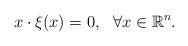
LaTeX: \begin{align*} x\cdot\xi(x)=0, \ \ \forall x\in{\mathbb{R}}^n. \end{align*}